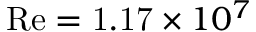
\mathrm { { R e = 1 } } \mathrm { { . 1 7 } } \times { 1 0 ^ { 7 } }